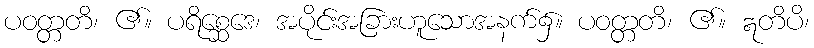
ပဝတ္တတိ၊ ၏။ ပရိစ္ဆေဒေ၊ အပိုင်းအခြားဟူသောအနက်၌။ ပဝတ္တတိ၊ ၏။ ဣတိပိ၊